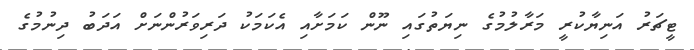
ޓީޗަރު އަނިޔާކުރީ މަރާލުމުގެ ނިޔަތުގައި ނޫން ކަމަށާއި އެކަމަކު ދަރިވަރުންނަށް އަދަބު ދިނުމުގެ